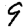
Digit: 9